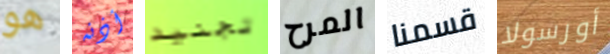
هو أذنه تجنيد المرح قسمنا أورسولا